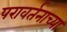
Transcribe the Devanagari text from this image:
परावर्तनाच्या